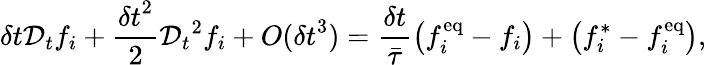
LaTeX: \delta t\mathcal{D}_{t}f_{i}+\frac{{\delta t}^{2}}{2}{\mathcal{D}_{t}}^{2}f_{i}+{O}({\delta t}^{3})=\frac{\delta t}{\bar{\tau}}\left(f_{i}^{\mathrm{eq}}-f_{i}\right)+\left(f_{i}^{*}-f_{i}^{\mathrm{eq}}\right),